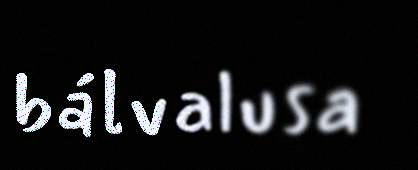
bálvalusa